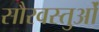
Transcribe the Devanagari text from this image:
सौरवस्तुओं